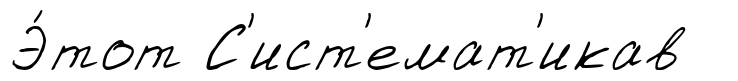
Э́тот С'ист'емат'икав